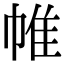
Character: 帷